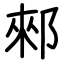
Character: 郲